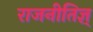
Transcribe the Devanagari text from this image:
राजनीतिज्ञ्